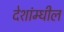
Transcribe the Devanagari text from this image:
देशांम्धील